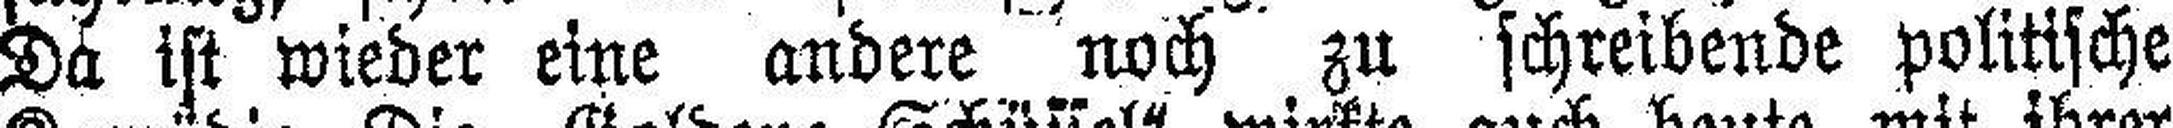
Da ist wieder eine andere noch zu schreibende politische